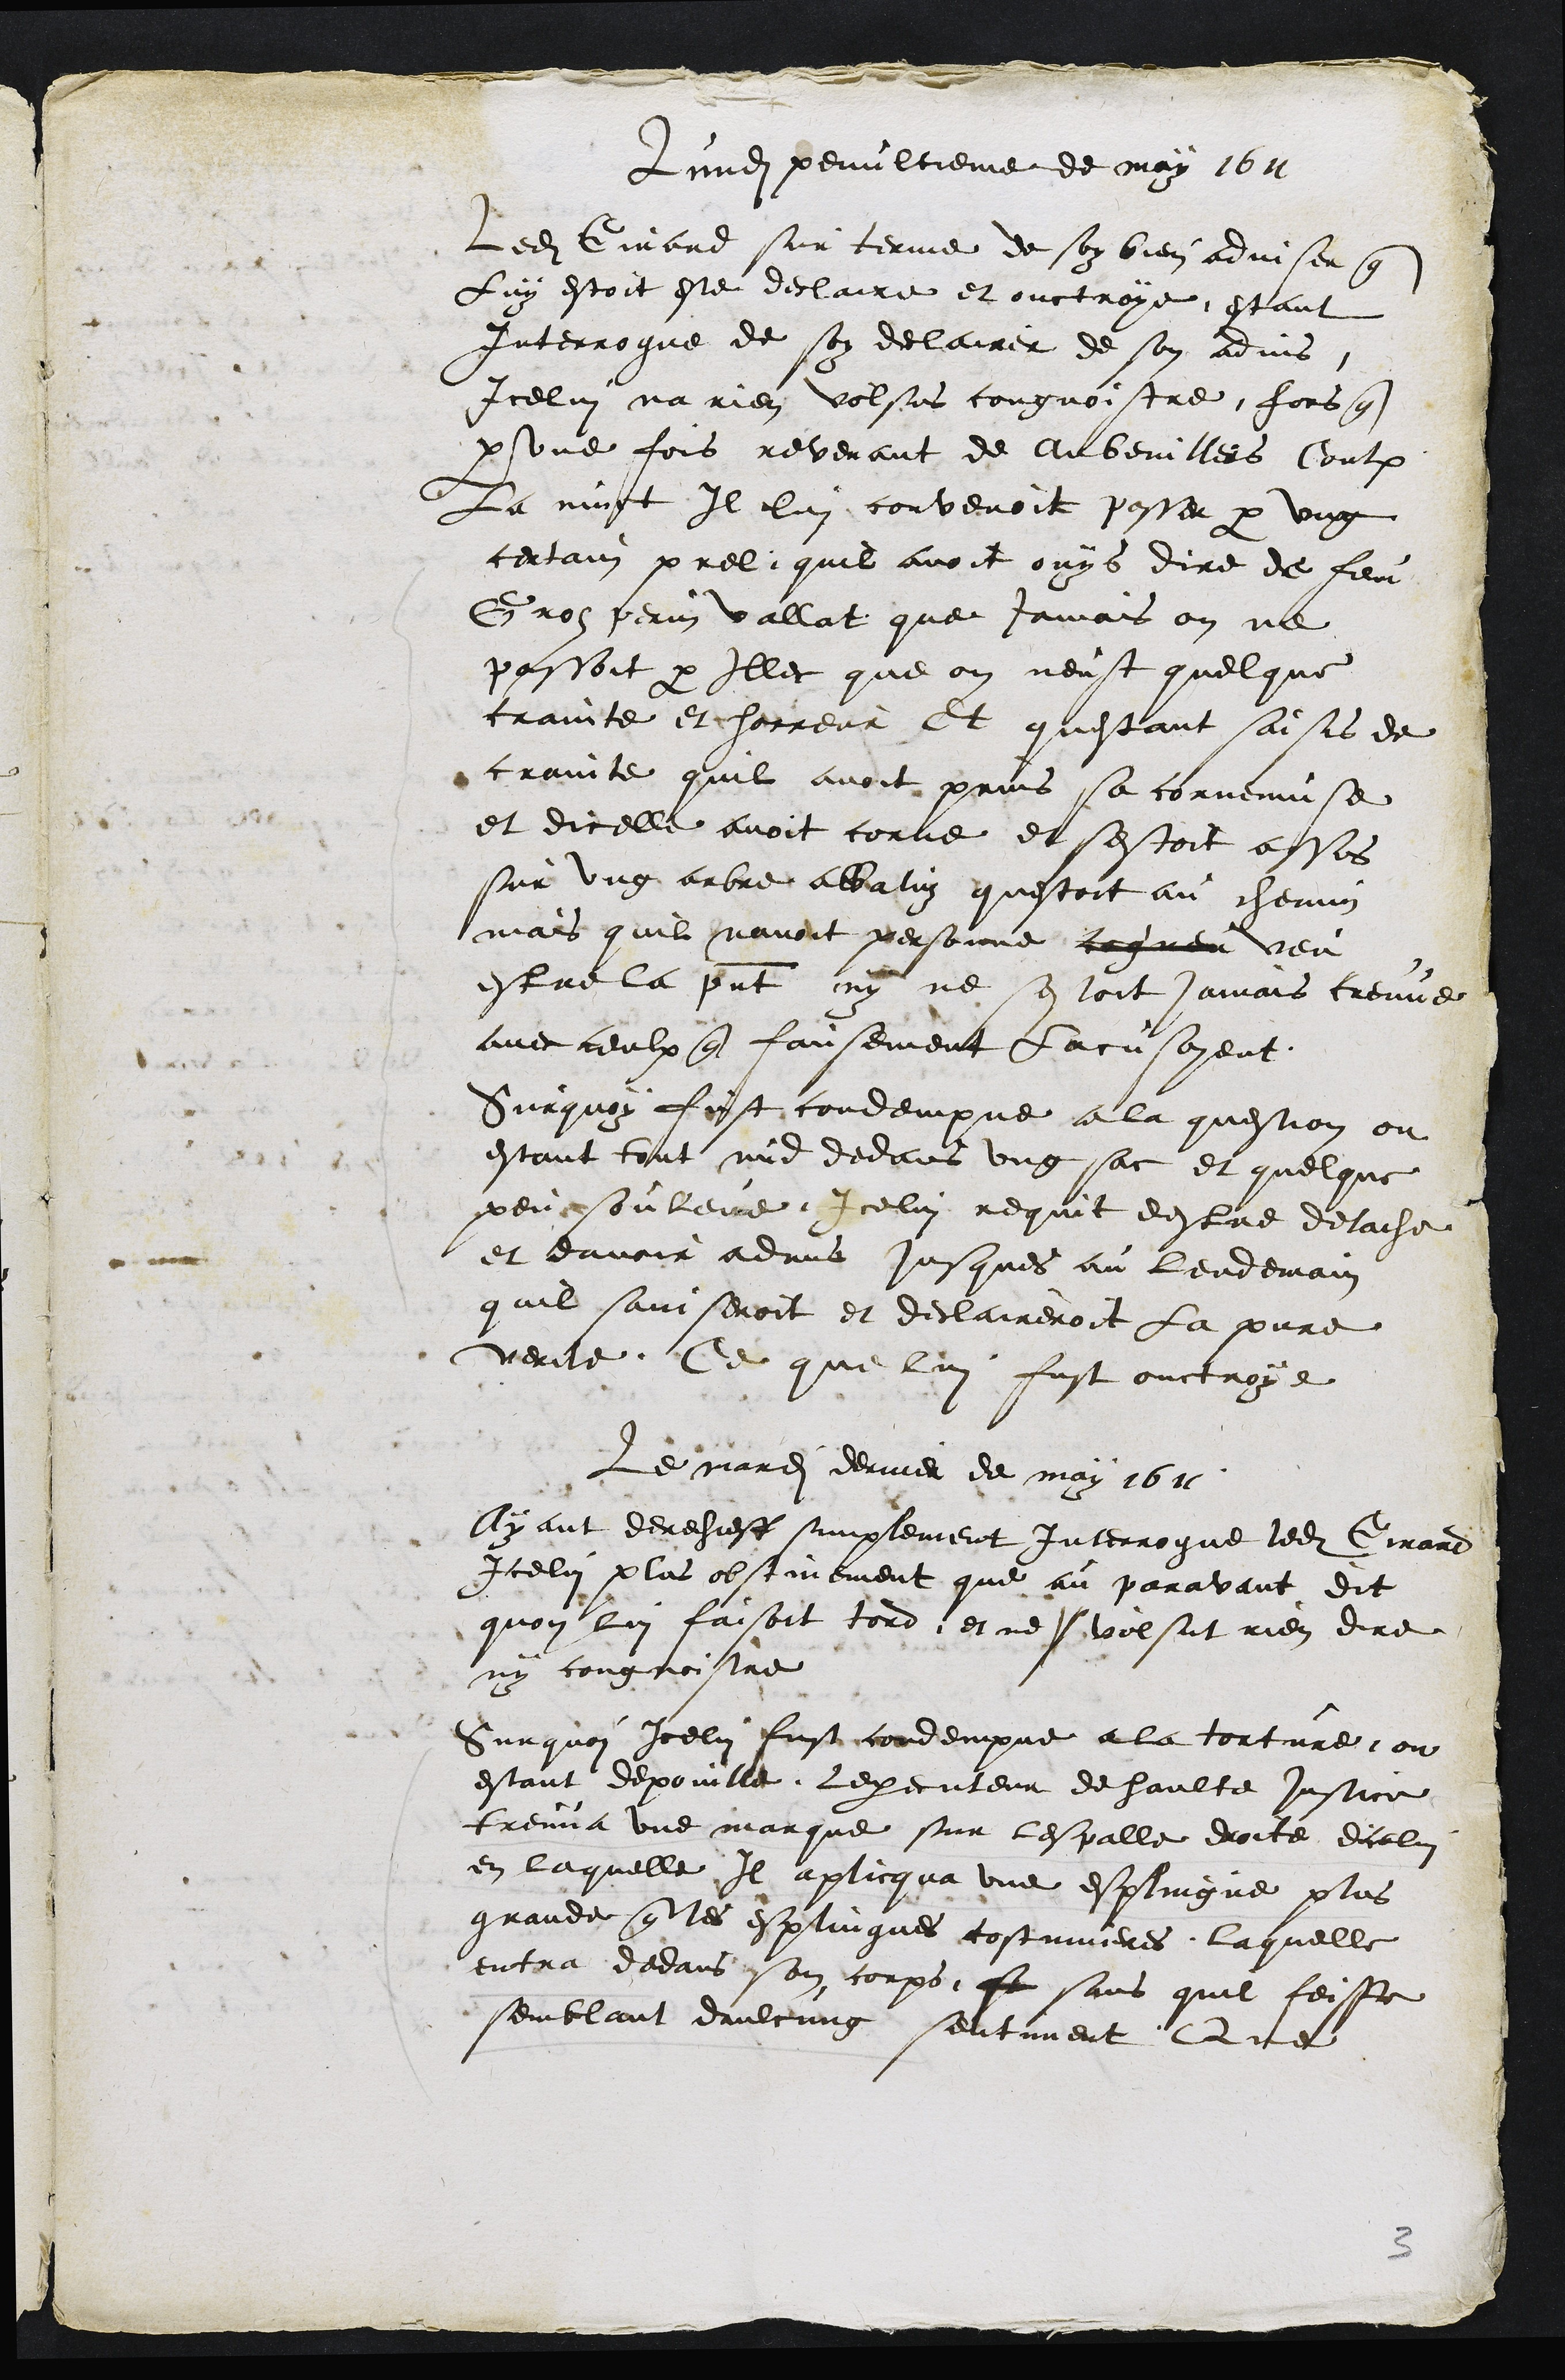
Lundi penultieme de may 1611
Ledit Girard sur terme de soy bien adviser que
Luy estoit este declaire et ouctroye estant
Interroguee de soy declairer de son advis
Icelui na rien volsus cougnoistre fors que
par une fois revenant de Aubervillers Contre
La nuict Il lui convenoit passer par ung
certain prel quil avoit ouys dire de feu
Groz perrin vallat que jamais on ne
passoit par Illec que on neust quelque
crainte et horreur Et questant saisis de
crainte quil avoit prins sa cornemuse
et dicelle avoit corne et sestoit assis
sur ung arbre abbatuz questoit au chemin
mais quil navoit personne cogneu veu
estre la present ny ne sestoit jamais treuve
avec ceulx que fausement Lacusoyent
Surquoy fust condempne a la question ou
estant tout nud dedans ung sac et quelque
peu souleve Icelui requit destre detache
et davoir advis jusques au lendemain
quil saviseroit et declaireroit la pure
verite Ce que lui fust ouctroye
Le mardi dernier de may 1611
Ayant derechieff simplement Interrogue ledit Girard
Icelui plus obstinement que au paravant dit
quon lui faisoit tord et ne volsut rien dire
ny congnoistre
Surquoi Icelui fust condempne a la torture ou
estant depouille Lexecuteur de haulte justice
treuva une marque sur lespalle droite dicelui
en laquelle Il applicqua une esplingue plus
grande que les esplingues costumieres laquelle
entra dedans son corps se sans quil feisse
semblant daulcung sentiment Que

3